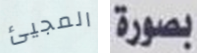
المجيئ بصورة